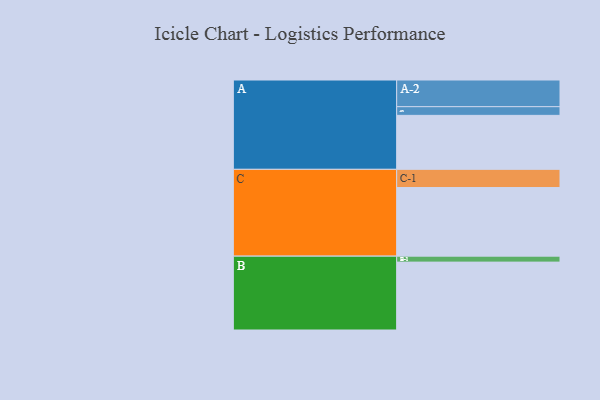
{"axis": {"x": "Segment", "y": "Value"}, "legend": ["", "A", "B", "C"], "data": [{"x": "A", "y": 453, "type": ""}, {"x": "B", "y": 570, "type": ""}, {"x": "C", "y": 576, "type": ""}, {"x": "A-1", "y": 73, "type": "A"}, {"x": "A-2", "y": 224, "type": "A"}, {"x": "B-1", "y": 50, "type": "B"}, {"x": "C-1", "y": 153, "type": "C"}]}